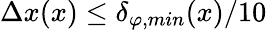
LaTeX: \Delta x(x)\leq\delta_{\varphi,min}(x)/10